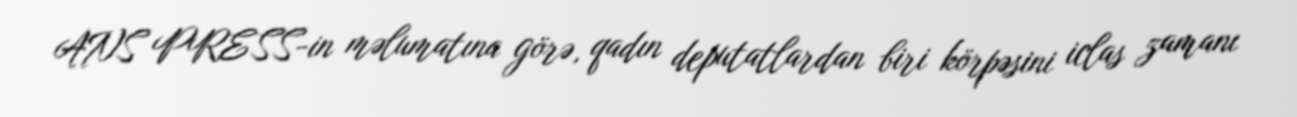
ANS PRESS-in məlumatına görə, qadın deputatlardan biri körpəsini iclas zamanı